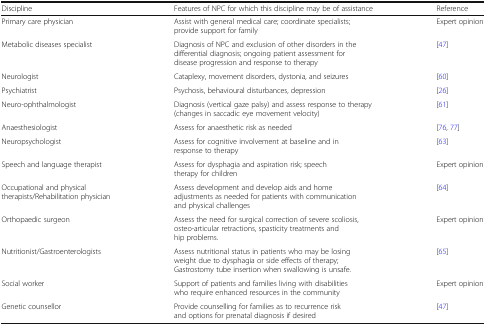
| Discipline | Features of NPC for which this discipline may be of assistance | Reference |
 | --- | --- | --- |
 | Primary care physician | Assist with general medical care; coordinate specialists; provide support for family | Expert opinion |
 | Metabolic diseases specialist | Diagnosis of NPC and exclusion of other disorders in the differential diagnosis; ongoing patient assessment for disease progression and response to therapy | [47] |
 | Neurologist | Cataplexy, movement disorders, dystonia, and seizures | [60] |
 | Psychiatrist | Psychosis, behavioural disturbances, depression | [26] |
 | Neuro-ophthalmologist | Diagnosis (vertical gaze palsy) and assess response to therapy (changes in saccadic eye movement velocity) | [61] |
 | Anaesthesiologist | Assess for anaesthetic risk as needed | [76, 77] |
 | Neuropsychologist | Assess for cognitive involvement at baseline and in response to therapy | [63] |
 | Speech and language therapist | Assess for dysphagia and aspiration risk; speech therapy for children | Expert opinion |
 | Occupational and physical therapists/Rehabilitation physician | Assess development and develop aids and home adjustments as needed for patients with communication and physical challenges | [64] |
 | Orthopaedic surgeon | Assess the need for surgical correction of severe scoliosis, osteo-articular retractions, spasticity treatments and hip problems. | Expert opinion |
 | Nutritionist/Gastroenterologists | Assess nutritional status in patients who may be losing weight due to dysphagia or side effects of therapy; Gastrostomy tube insertion when swallowing is unsafe. | [65] |
 | Social worker | Support of patients and families living with disabilities who require enhanced resources in the community | Expert opinion |
 | Genetic counsellor | Provide counselling for families as to recurrence risk and options for prenatal diagnosis if desired | [47] |